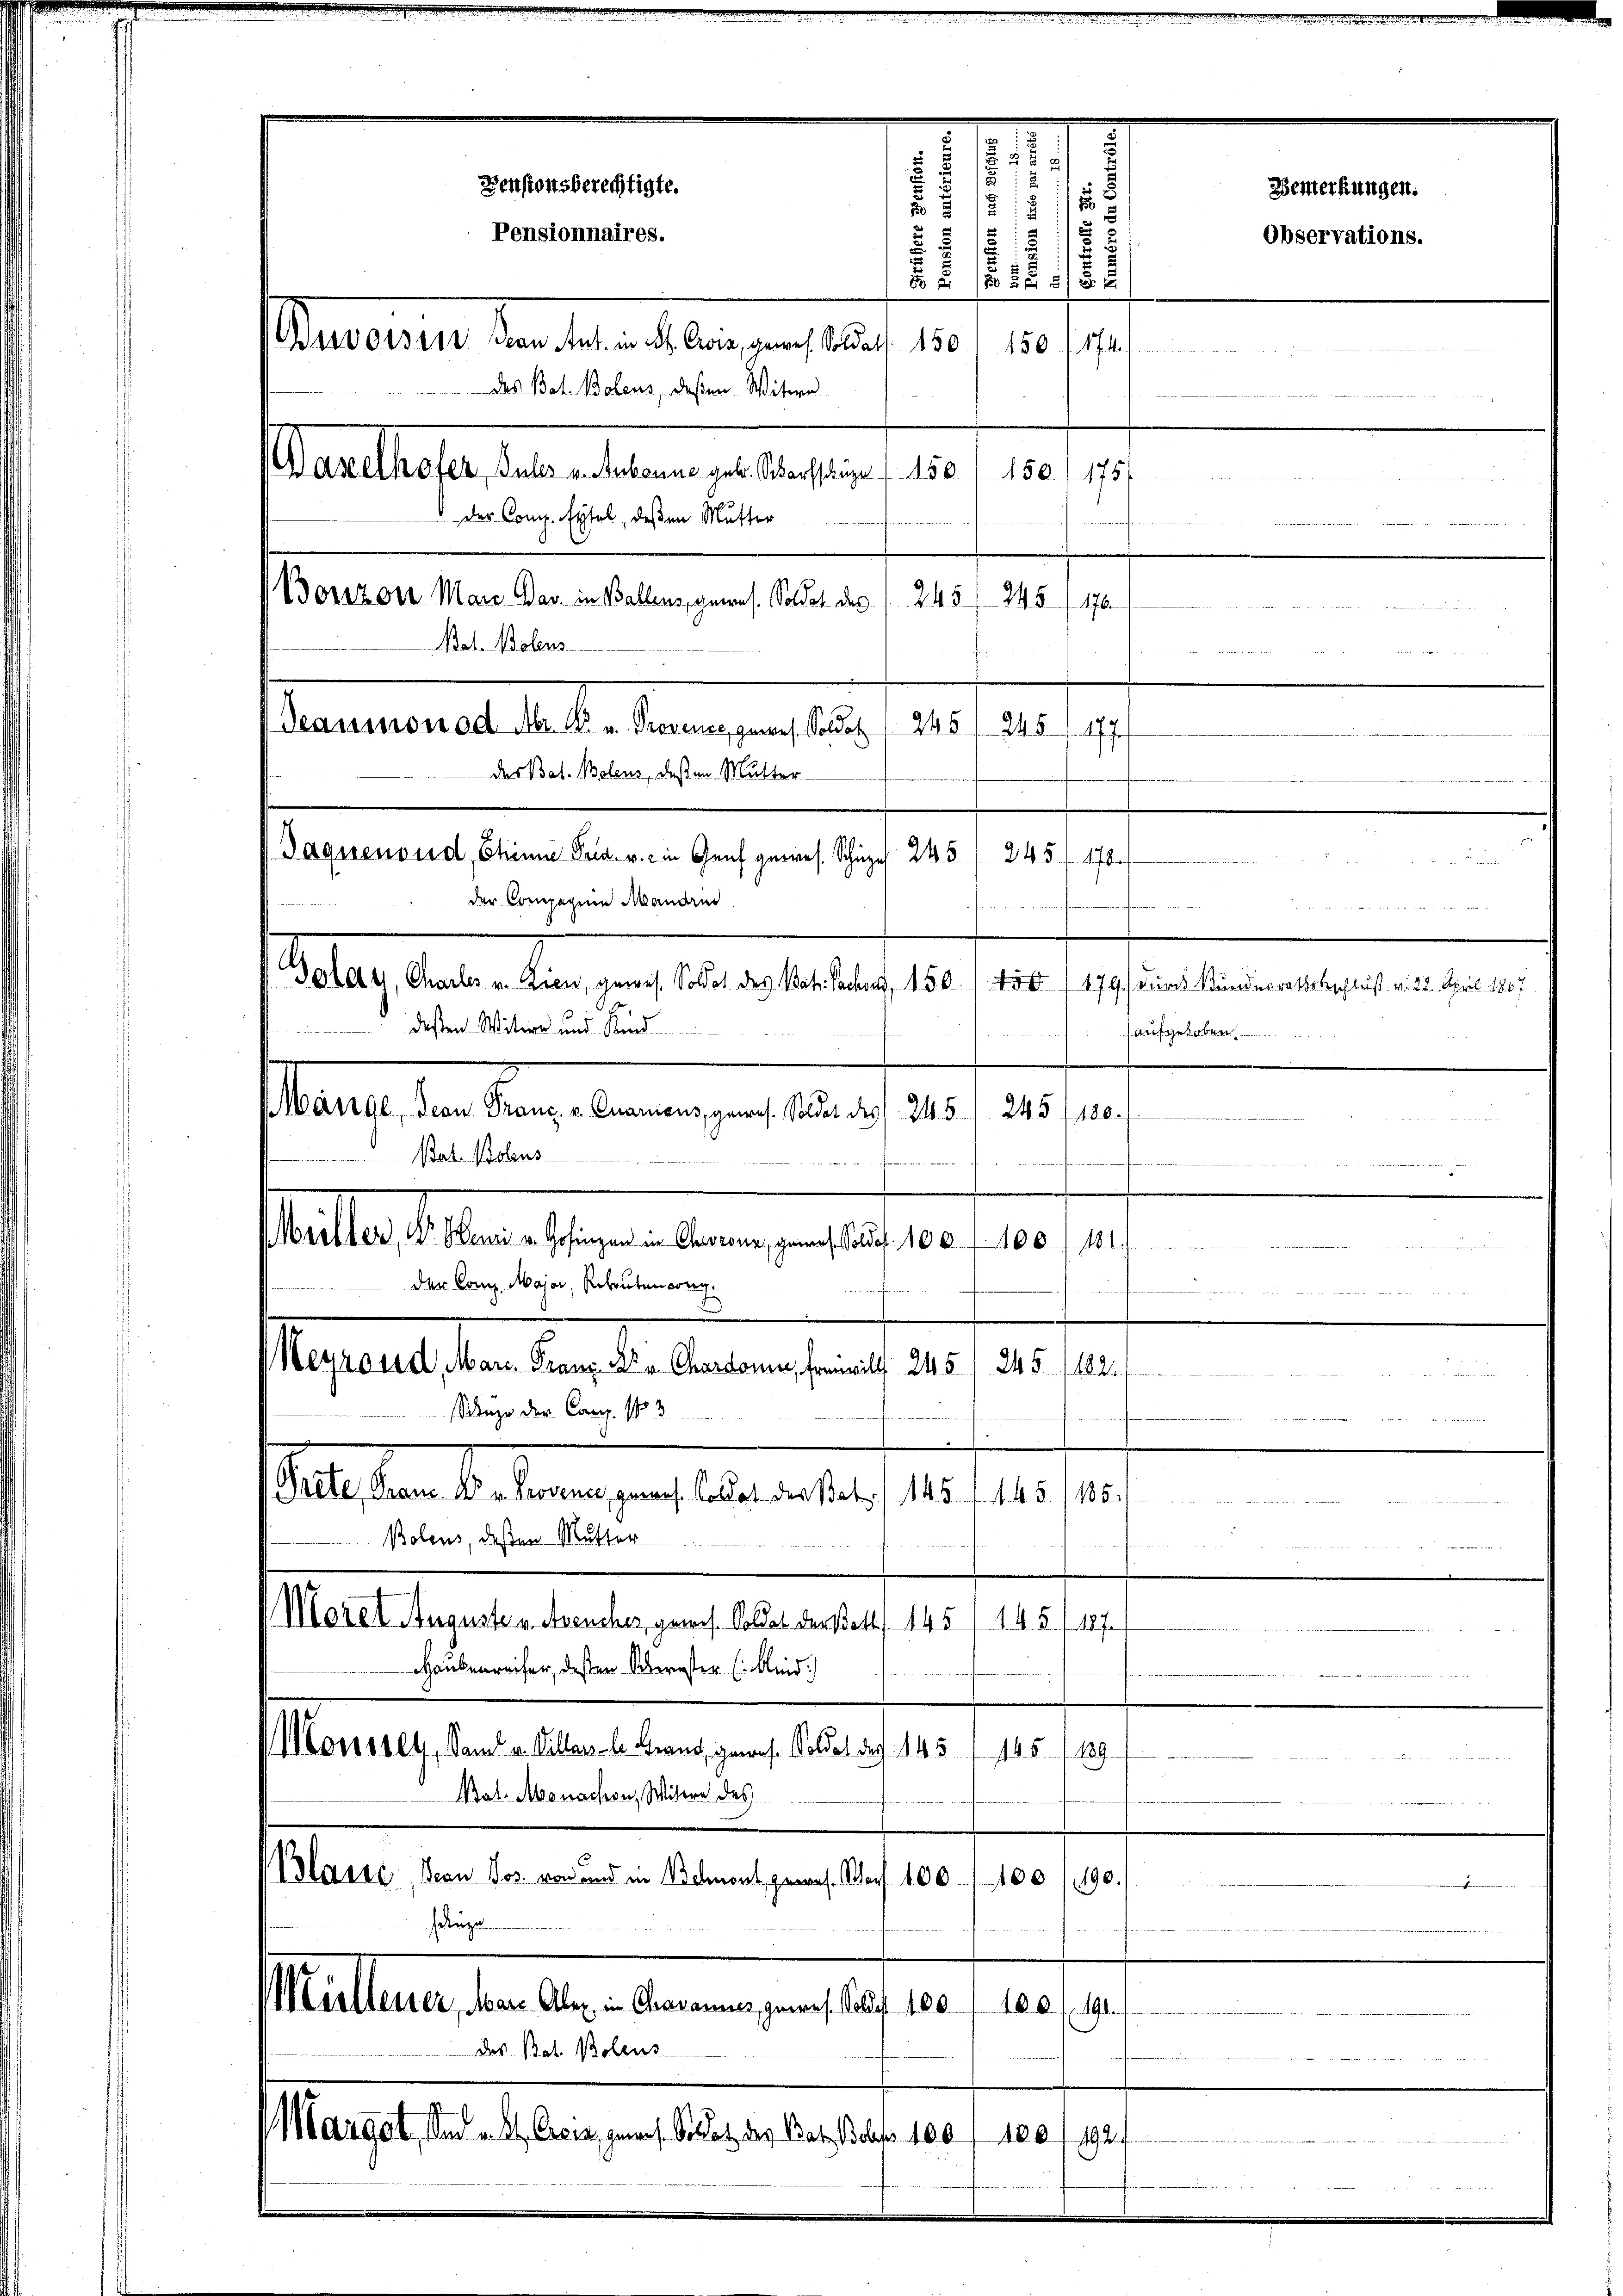
.
28
.
u

Pensionsberechtigte.
s
f
u 2 1
Pensionnaires.
12
 5. 182
1
Aebereits der die andelten uns auf 10.
150 (1741
des Bat. Bolens, deßen Witwe
Aathauses dabei dem es bestern 180. 1901, 17.
 der Comp. Eitel, deßen Mutter

Parmenwelt alle kennung des 182. 124. Jan.
des Bat. Bolens, deßen Mutter
Jaquenoud, Chine Fria. v. ein Genf gewes. Schipel 245.
d
der Compagnie Manden

Bonzon Man Bar. in Ballens, genes. Soldet des 1 245/245
476.
Bat. Molens

Goley, Chaler v. Kien, genes Solot des Vati Sachens, 150. 1. 450 (179 des Kinderrathsbeschluß v. 25. April 1807
dessen Witwe und Kind
Manus den Rang, wenn es sie es
2sten
Bal. Bolens
Mutter Maasseren Armen enthalt 10 f 10. 1941.
der Comp. Major, Rekruten vorg

Heyrand, Mar. Franz an Chardonne, freiwill 245, 245. 1182.
uze der Comp. No 3
Prete, kann M. eine es. ladet der Satz. 145 f 145, 188.
Bolens, deßen Mutter
Morel Auguste v. Avencher, gewies. Soldat der Bett. 145/145/187
Haubenreifer, dessen Oberster (: Kleid)
Monsbey, Sam v. Villes le Grand, gewes. Soldat des 145 (145/189
Bat. Monachon, Witere des
Blasse, Bern Jos. von und in Behnent gewes. Morf 100. 100
198.
selige
n
Müllener, Mar. Aber in Charames, gemes als 180. 100. fl 190
das Bat. Polens
Margat, sind u. A. Craca, genaus Solotz des Bat. Bols 100 f 180 f 192.

245 f. 178.
dter man

Bemerkungen.
Observations.
u

.
aufgehoben,

n